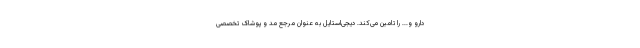
دارو و... را تامین می‌کند. دیجی‌استایل به عنوان مرجع مد و پوشاک تخصصی